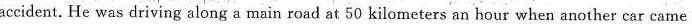
accident. He was driving along a main road at 50 kilometers an hour when another car came